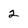
Character: 2